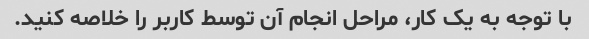
با توجه به یک کار، مراحل انجام آن توسط کاربر را خلاصه کنید.